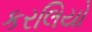
કરલિયો